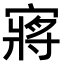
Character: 𫳻